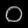
Digit: ၀